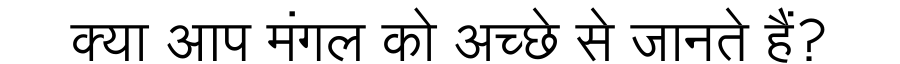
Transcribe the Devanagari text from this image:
क्या आप मंगल को अच्छे से जानते हैं?